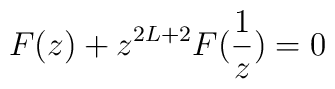
F(z) + z^{2L+2} F(\frac{1}{z}) = 0